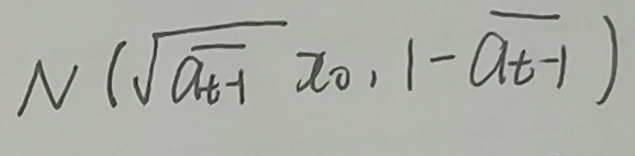
$N\left(\sqrt{a_{t - 1}}x_0,1 - a_{t - 1}\right)$